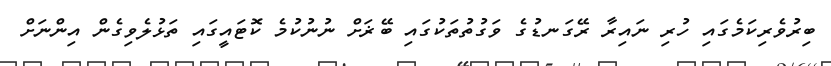
ބިރުވެރިކަމެގައި ހުރި ނައިރާ ރޭގަނޑުގެ ވަގުތުތަކުގައި ބޭޜަށް ނުނުކުމެ ކޮޓައީގައި ތަޅުލެވިގެން އިންނަށް